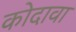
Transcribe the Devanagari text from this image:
कोदावा